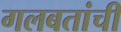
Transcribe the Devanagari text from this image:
गलबतांची